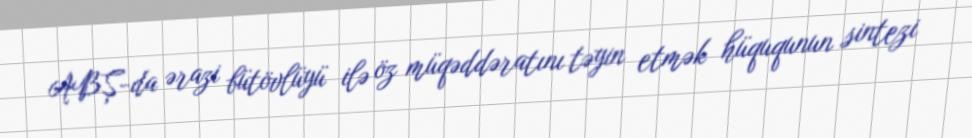
ABŞ-da ərazi bütövlüyü ilə öz müqəddəratını təyin etmək hüququnun sintezi